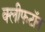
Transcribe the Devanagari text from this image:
क्लीफटॉन